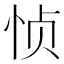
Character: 𮲅